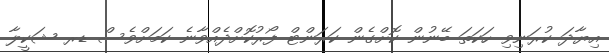
އިޔާދަ ކުރަނިވި ހަކަތަ ބޭނުން ކޮށްގެން ކަރަންޓް ފޯރުކޮށްދެއްވާނެ ކަމަށްވެސް ޑރ ޝަކީލާ